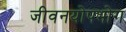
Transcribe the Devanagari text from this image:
जीवनयोपभोग